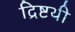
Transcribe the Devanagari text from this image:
द्रिष्टथी